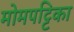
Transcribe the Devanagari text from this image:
मोमपट्टिका